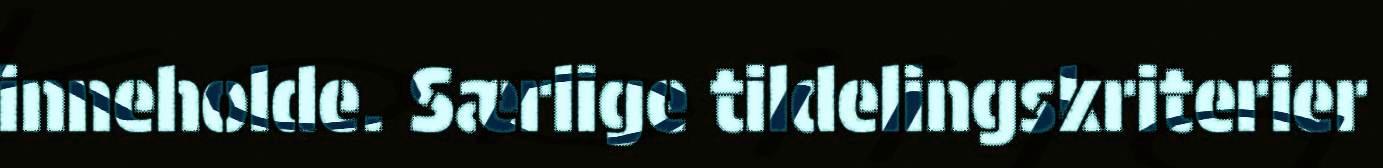
inneholde. Særlige tildelingskriterier